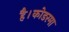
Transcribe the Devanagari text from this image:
है।कोडरमा